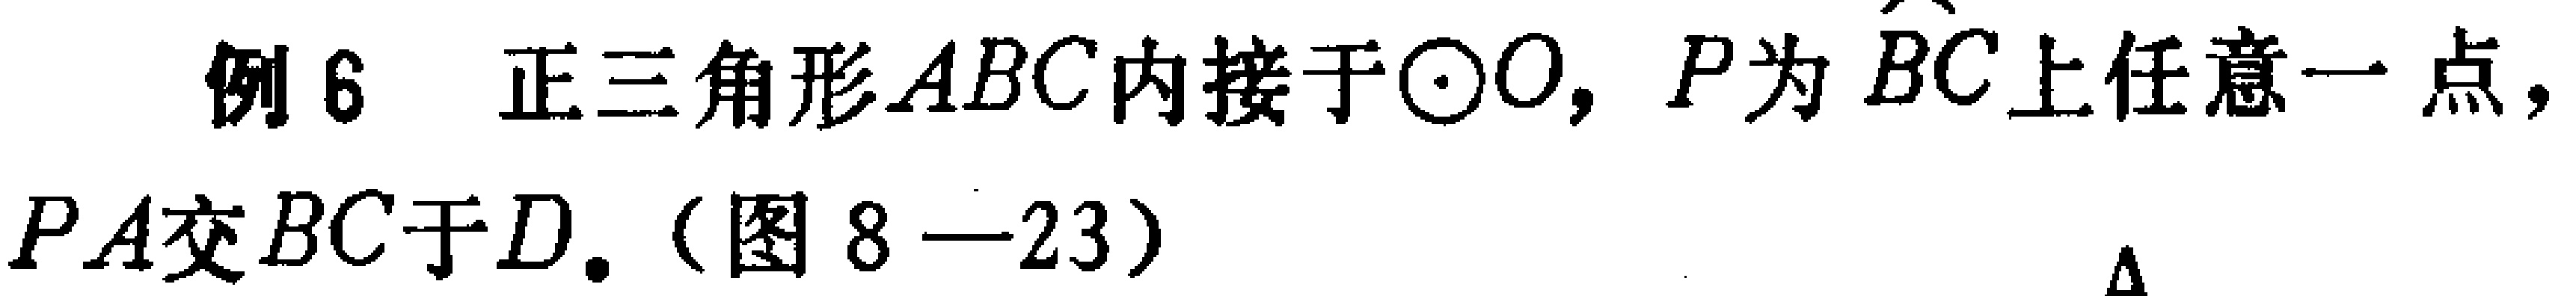
例6 正三角形 \(ABC\) 内接于\(\odot O\)，\(P\)为 \(\overset{\frown}{BC}\)上任意一点，\(PA\)交 \(BC\)于 \(D\).（图8—23）